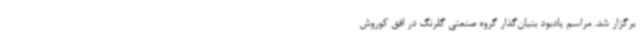
برگزار شد. مراسم یادبود بنیان‌گذار گروه صنعتی گلرنگ در افق کوروش